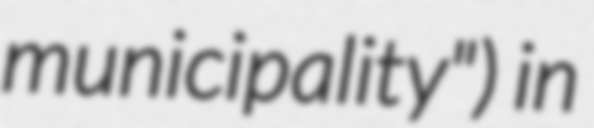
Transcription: municipality") in